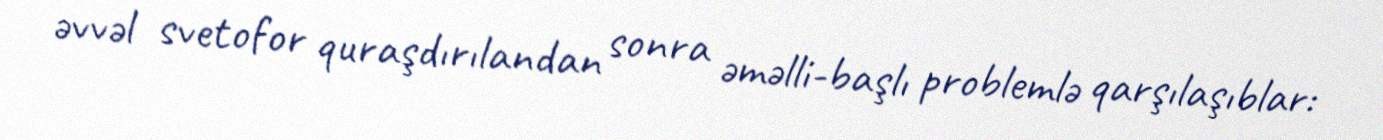
əvvəl svetofor quraşdırılandan sonra əməlli-başlı problemlə qarşılaşıblar: